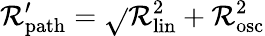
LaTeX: \mathcal{R}_{\mathrm{{{path}}}}^{\prime}=\sqrt{}{{\mathcal{R}_{\mathrm{{{lin}}}}^{2}+\mathcal{R}_{\mathrm{{{osc}}}}^{2}}}